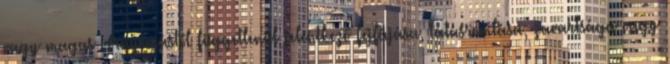
vagy magas vérnyomástól függetlenül jelentkező fejfájása, látásromlása, zavartsága vagy